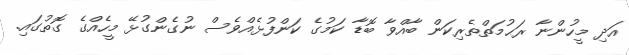
އަދި މީހުންނާ ރަޙުމަތްތެރިކަން ބާއްވާ ބޮޑާ ކަމުގެ ކަންފުޅެއްވެސް ނުގެންގުޅޭ މީހެއްގެ ގޮތުގައި.